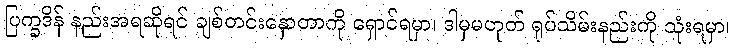
ပြက္ခဒိန် နည်းအရဆိုရင် ချစ်တင်းနှောတာကို ရှောင်ရမှာ၊ ဒါမှမဟုတ် ရုပ်သိမ်းနည်းကို သုံးရမှာ၊